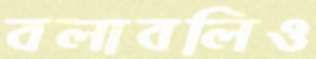
বলাবলিও